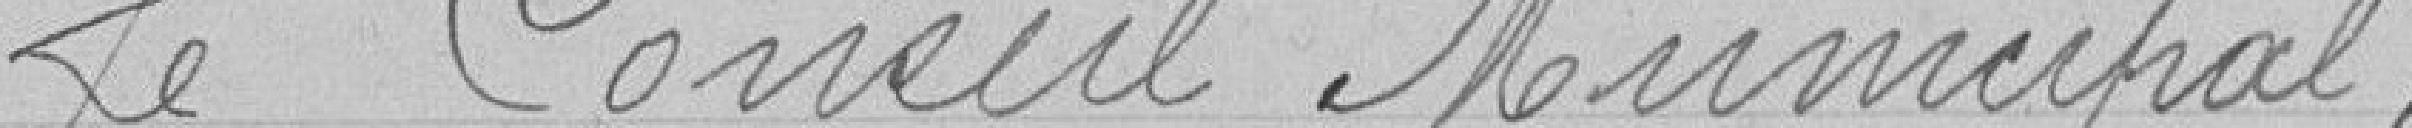
Le Conseil Municipal